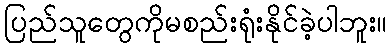
ပြည်သူတွေကိုမစည်းရုံးနိုင်ခဲ့ပါဘူး။